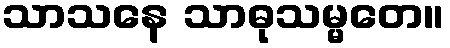
သာသနေ သာဓုသမ္မတေ။